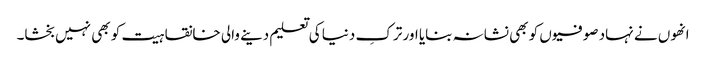
انھوں نے نہاد صوفیوں کو بھی نشانہ بنایا اور ترکِ دنیا کی تعلیم دینے والی خانقاہیت کو بھی نہیں بخشا۔